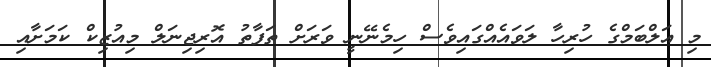
މި އަލްބަމްގެ ހުރިހާ ލަވައެއްގައިވެސް ހިމެނޭނީ ވަރަށް ތަފާތު އޮރިޖިނަލް މިއުޒިކް ކަމަށާއި